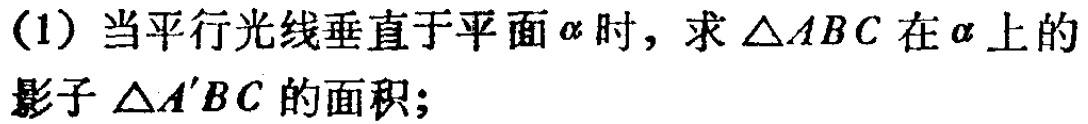
(1) 当平行光线垂直于平面$\alpha$时，求$\triangle ABC$在$\alpha$上的影子$\triangle A'B C$的面积；